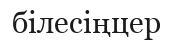
білесіңцер